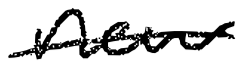
Text: new
Cross-out: single-line
Writing tool: digital_black